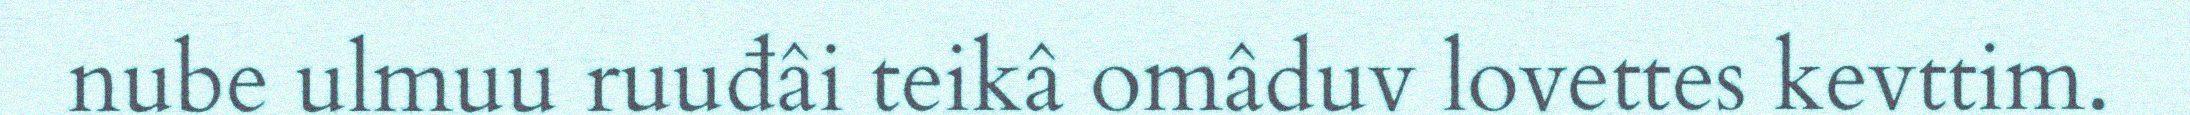
nube ulmuu ruuđâi teikâ omâduv lovettes kevttim.